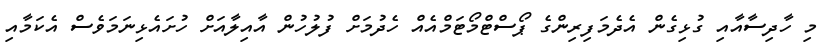
މި ހާދިސާއާއި ގުޅިގެން އެދެމަފިރިންގެ ޕޯސްޓްމޯޓަމްއެއް ހެދުމަށް ފުލުހުން އާއިލާއަށް ހުށައެޅިނަމަވެސް އެކަމާއި